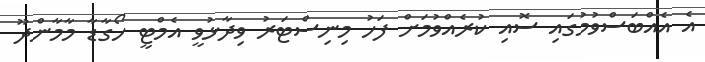
އެ އެއްބަސްވުމުގައި ސޮއި ކުރެއްވުމަަށް ފަހު މިނިސްޓަރު ވިދާޅުވީ އެމްޓީ ހޯގާޑާ މާމާންދޫ